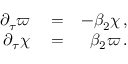
\begin{array} { r l r } { \partial _ { \tau } \varpi } & { { } = } & { - \beta _ { 2 } \chi \, , } \\ { \partial _ { \tau } \chi } & { { } = } & { \beta _ { 2 } \varpi \, . } \end{array}